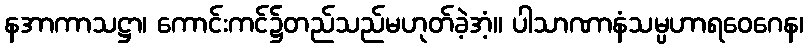
နအာကာသဋ္ဌာ၊ ကောင်းကင်၌တည်သည်မဟုတ်ခဲ့အံ့။ ပါသာဏာနံသမ္ပဟာရဝေဂေန၊